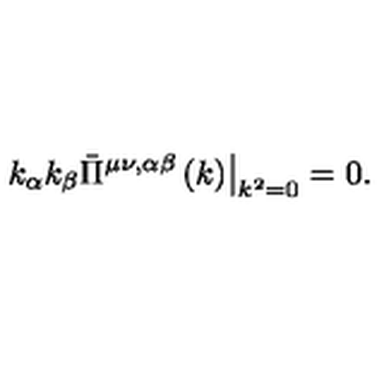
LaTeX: \left. k _ { \alpha } k _ { \beta } \bar { \Pi } ^ { \mu \nu , \alpha \beta } \left( k \right) \right| _ { k ^ { 2 } = 0 } = 0 .